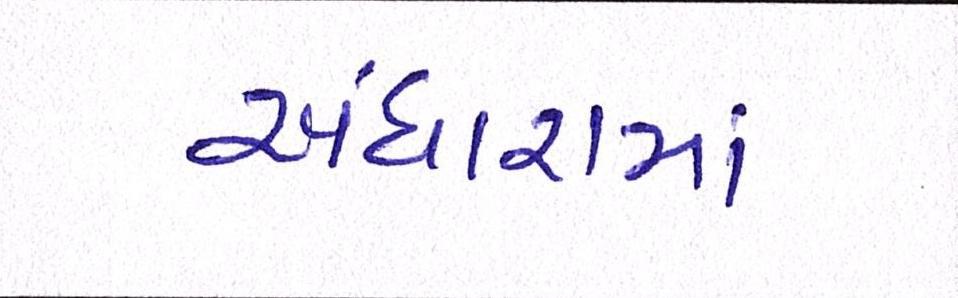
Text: અંધારામાં